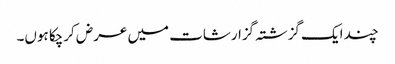
چند ایک گزشتہ گزارشات میں عرض کرچکا ہوں۔